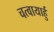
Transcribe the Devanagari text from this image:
चत्वायार्हु